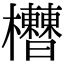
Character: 𣡘